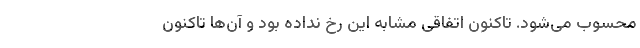
محسوب می‌شود. تاکنون اتفاقی مشابه این رخ نداده بود و آن‌ها تاکنون